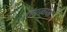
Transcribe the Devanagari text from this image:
हांगकांक